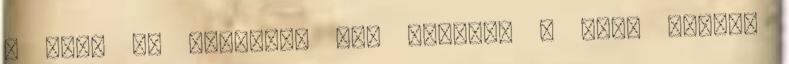
a Reál TV részéről egy díszkút a Deák téren.